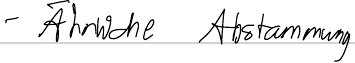
- Ähnliche Abstammung